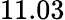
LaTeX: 11.03